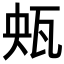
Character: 𤬺